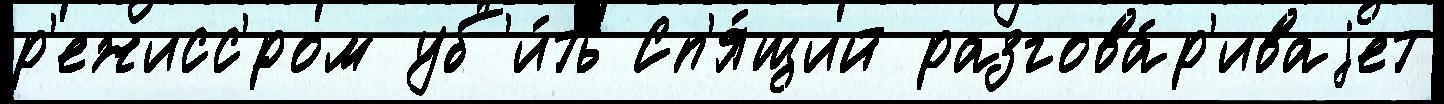
р'ежисс'́ром уб'и́ть Сп'я́щий разгова́р'иваjет